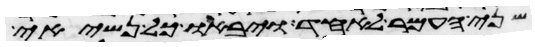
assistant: שני העמר לאחד ויבאו כל נשיאי